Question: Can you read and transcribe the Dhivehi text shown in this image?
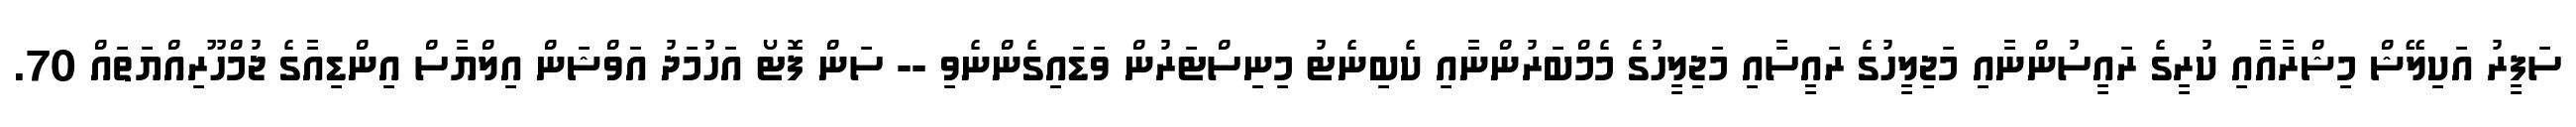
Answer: ސަފީރު އަކިލޭޝް މިޝްރާއާއި ކުރީގެ ރައީސުންނާއި މަޖިލީހުގެ ރައީސާއި މަޖިލީހުގެ މެމްބަރުންނާއި ކެބިނެޓު މިނިސްޓަރުން ވަޑައިގެންނެވި -- ސަން ފޮޓޯ އަހުމަދު އަވްޝަން އިލްޔާސް އިންޑިއާގެ ޖުމްހޫރިއްޔަތައް 70.